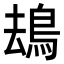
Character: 𩿹